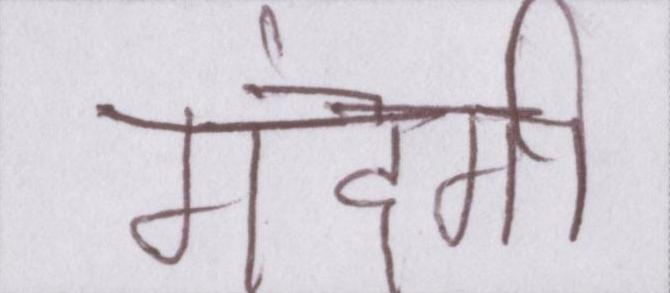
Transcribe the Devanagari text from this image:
गंदगी